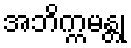
အဘိက္ကမန္တု